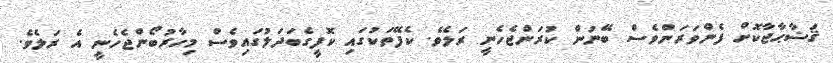
ޤަޟާޙާޖާކޮށް ފެންވަރަންވެސް ބޭނުން ކުރަންޖެހެނީ ރަލެވެ. ކެފޭތަކުގައި ކޮފީގެބަދަލުގައިވެސް މިހާރުބޯންޖެހެނީ އެ ރަލެވެ.